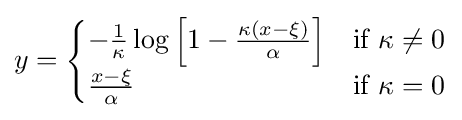
y={\begin{cases}-{\frac {1}{\kappa }}\log \left[1-{\frac {\kappa (x-\xi )}{\alpha }}\right]&{\text{if }}\kappa \neq 0\\{\frac {x-\xi }{\alpha }}&{\text{if }}\kappa =0\end{cases}}